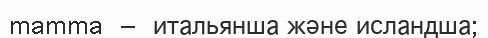
mamma —  итальянша және исландша;